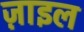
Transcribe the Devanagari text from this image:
ज़ाइल